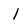
Character: l